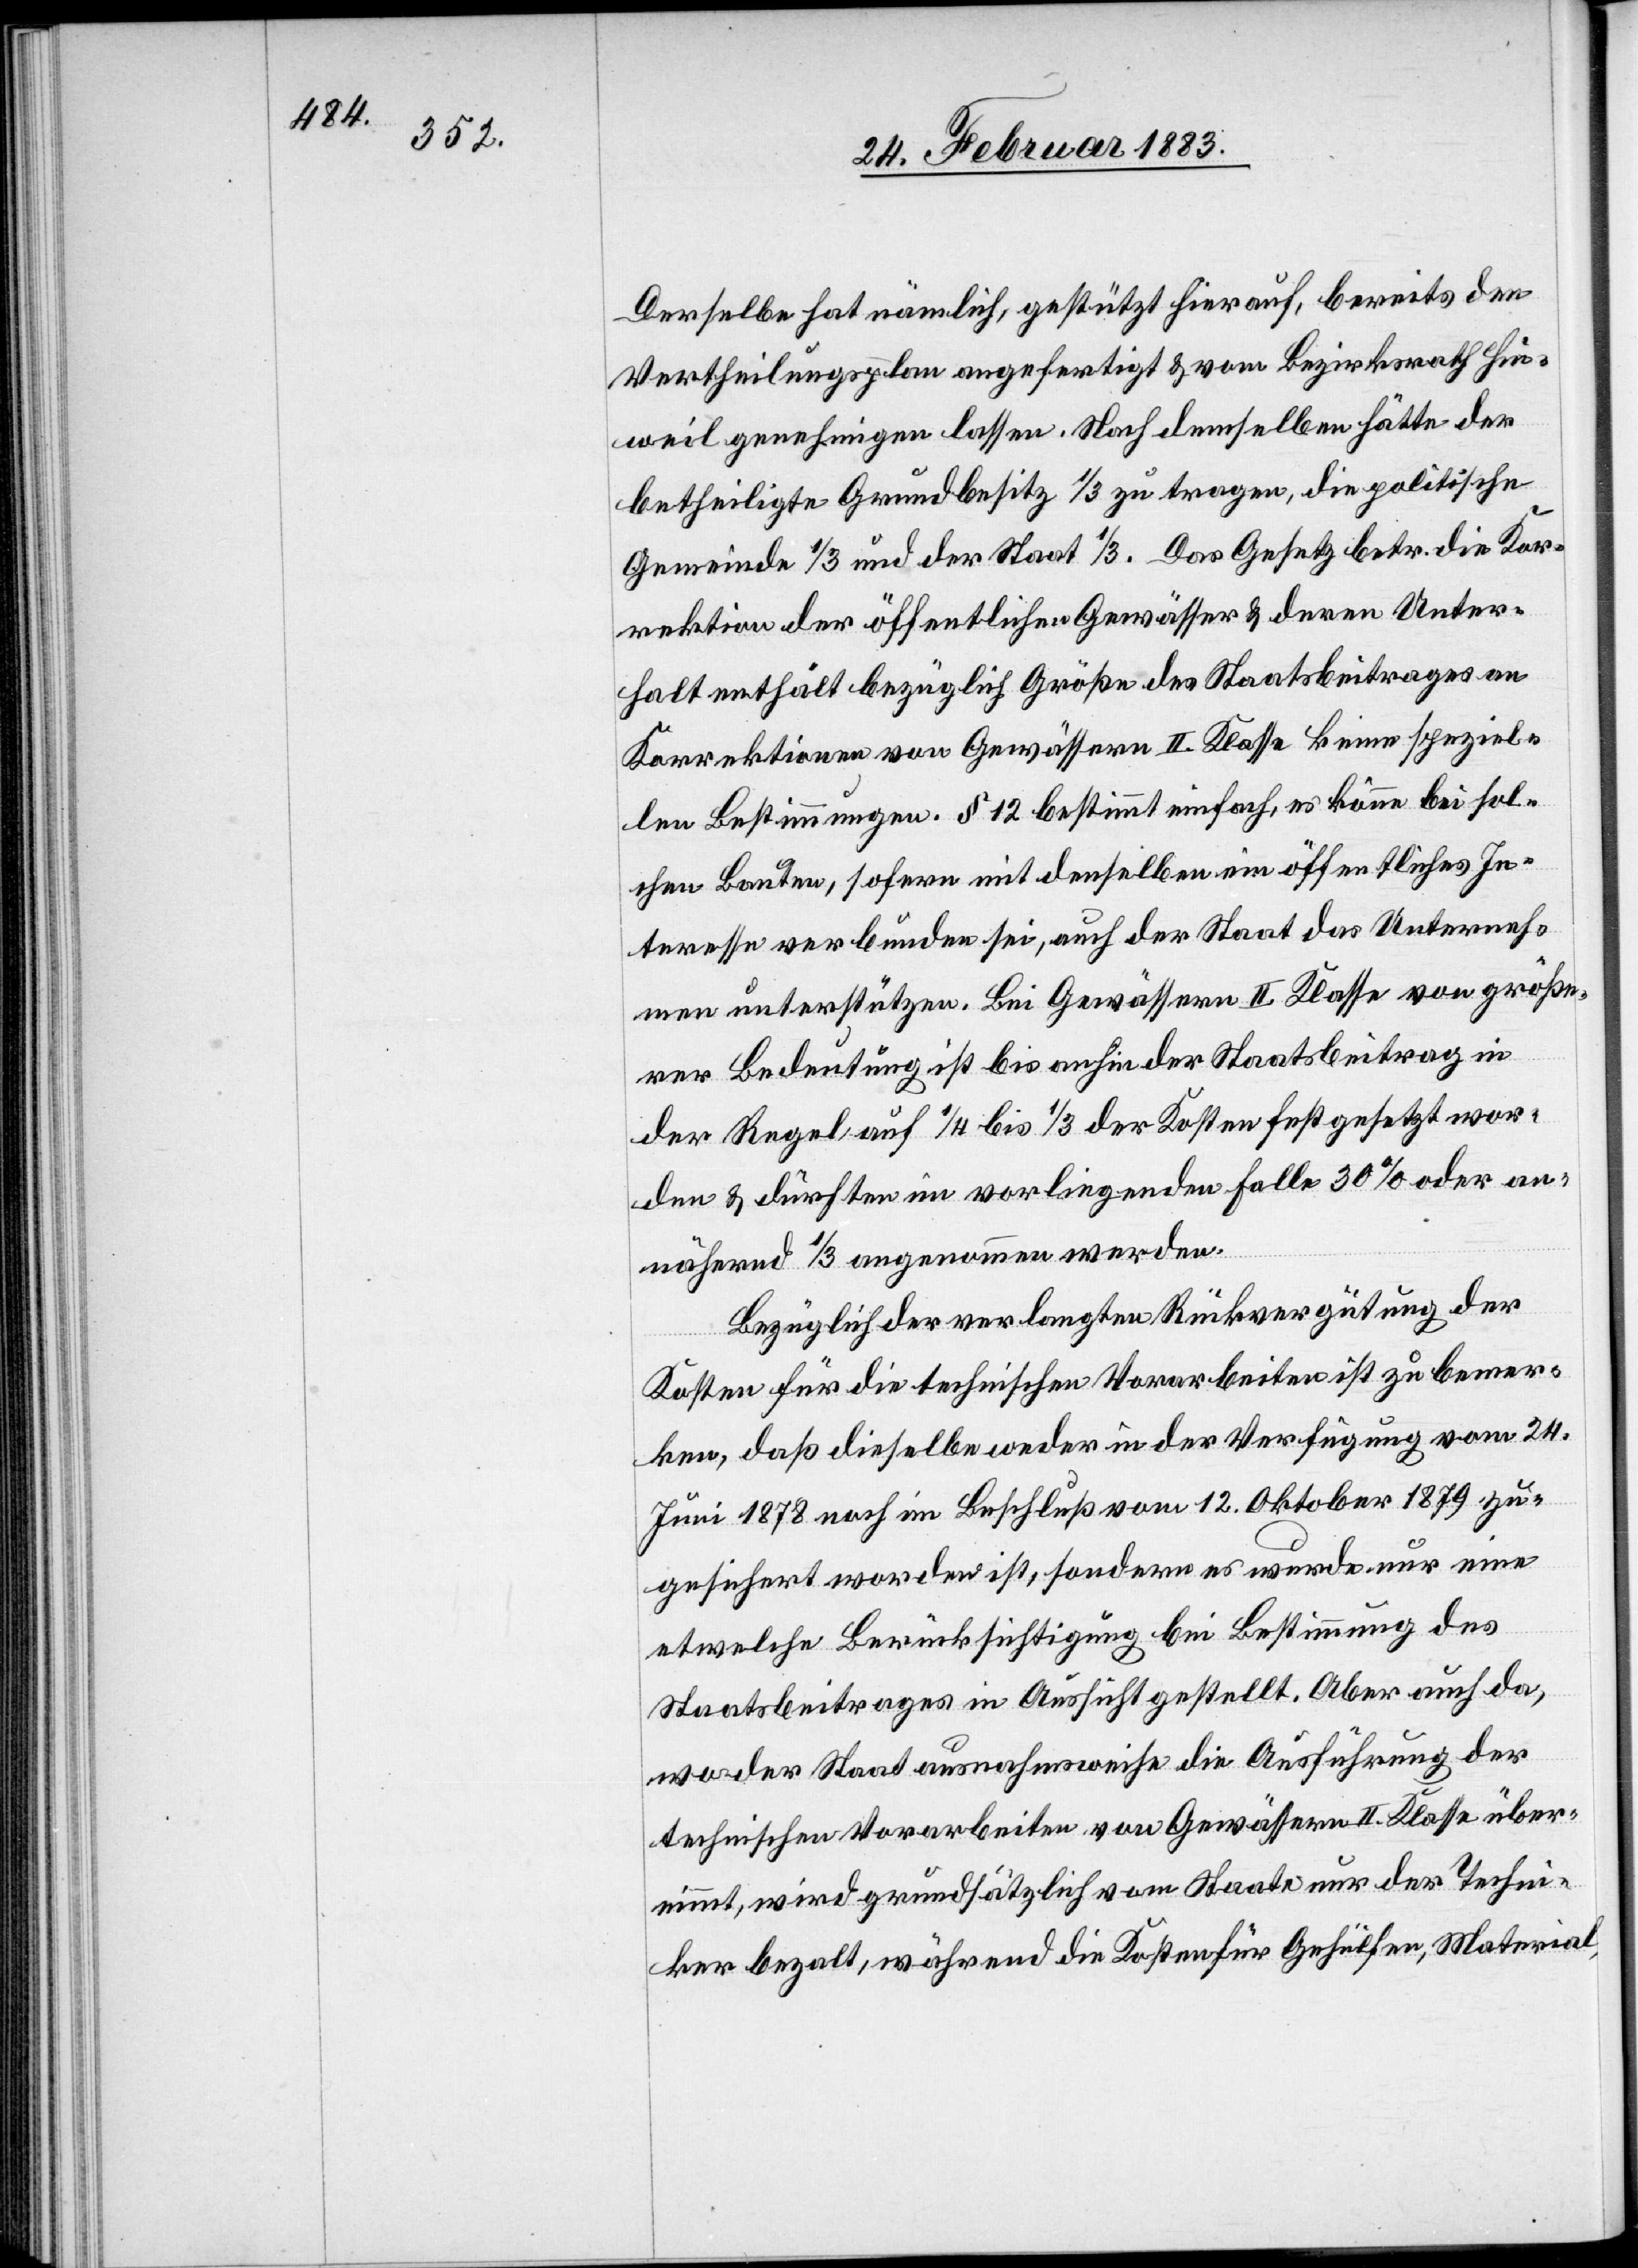
Derselbe hat nämlich, gestützt hierauf, bereits den
Vertheilungsplan angefertigt & vom Bezirksrath Hin¬
weil genehmigen lassen. Nach demselben hätte der
betheiligte Grundbesitz 1/3 zu tragen, die politische
Gemeinde 1/3 und der Staat 1/3. Das Gesetz betr. die Kor¬
rektion der öffentlichen Gewässer & deren Unter¬
halt enthält bezüglich Größe des Staatsbeitrages an
Korrektionen von Gewässern II. Klasse keine speziel¬
len Bestimmungen. § 12 bestimmt einfach, es könne bei sol¬
chen Bauten, sofern mit denselben ein öffentliches In¬
teresse verbunden sei, auch der Staat das Unterneh¬
men unterstützen. Bei Gewässern II. Klasse von größe¬
rer Bedeutung ist bis anhin der Staatsbeitrag in
der Regel auf 1/4 bis 1/3 der Kosten festgesetzt wor¬
den & dürfte im vorliegenden Falle 30% oder an¬
nähernd 1/3 angenommen werden.
Bezüglich der verlangten Rückvergütung der
Kosten für die technischen Vorarbeiten ist zu bemer¬
ken, daß dieselbe weder in der Verfügung vom 24.
Juni 1878 noch im Beschluß vom 12. Oktober 1879 zu¬
gesichert worden ist, sondern es wurde nur eine
etwelche Berücksichtigung bei Bestimmung des
Staatsbeitrages in Aussicht gestellt. Aber auch da,
wo der Staat ausnahmsweise die Ausführung der
technischen Vorarbeiten von Gewässern II. Klasse über¬
nimmt, wird grundsätzlich vom Staate nur der Techni¬
ker bezahlt, während die Kosten für Gehülfen, Material,